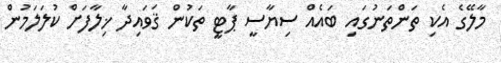
މާލޭގެ އެކި ތަންތަނުގައި ބައެއް ސިޔާސީ ޕާޓީ ތަކުން ޤަވައިދާ ޚިލާފަށް ކުލަލަމުން